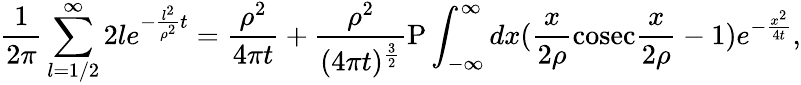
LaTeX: {\frac{1}{2\pi}}\sum_{l=1/2}^{\infty}2le^{-{\frac{l^{2}}{\rho^{2}}}t}={\frac{\rho^{2}}{4\pi t}}+{\frac{\rho^{2}}{(4\pi t)^{\frac{3}{2}}}}\mathrm{P}\int_{-\infty}^{\infty}dx({\frac{x}{2\rho}}\mathrm{cosec}{\frac{x}{2\rho}}-1)e^{-{\frac{x^{2}}{4t}}},